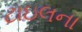
ટાઇલના